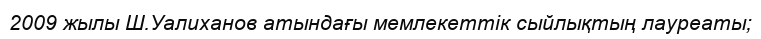
2009 жылы Ш.Уалиханов атындағы мемлекеттік сыйлықтың лауреаты;